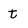
Character: t